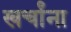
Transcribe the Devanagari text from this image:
खर्चांना